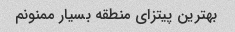
بهترین پیتزای منطقه بسیار ممنونم